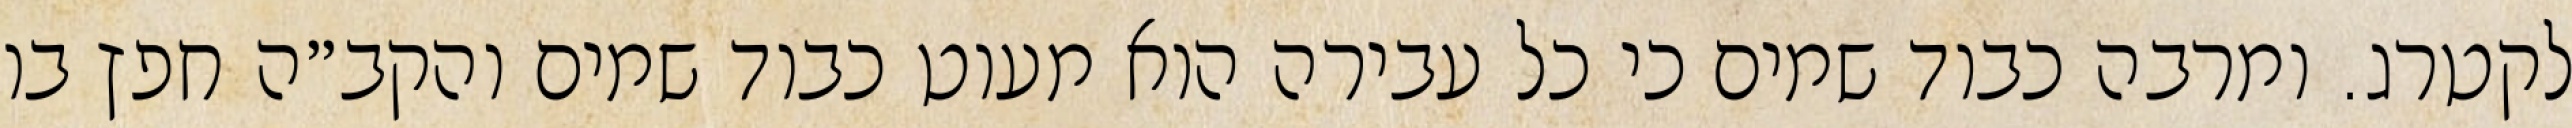
לקטרג. ומרבה כבוד שמים כי כל עבירה הוא מעוט כבוד שמים והקב״ה חפץ בו